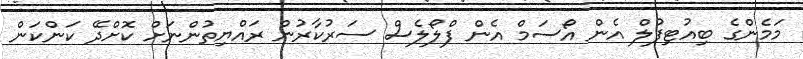
މަމެންގެ ބިއުޓިފުލް އެން އޯސަމް އެން ފްލޯލެސް ސަރުކާރުން ރައްޔިތުންނަށް ކޮށްދޭ ކަންކަން